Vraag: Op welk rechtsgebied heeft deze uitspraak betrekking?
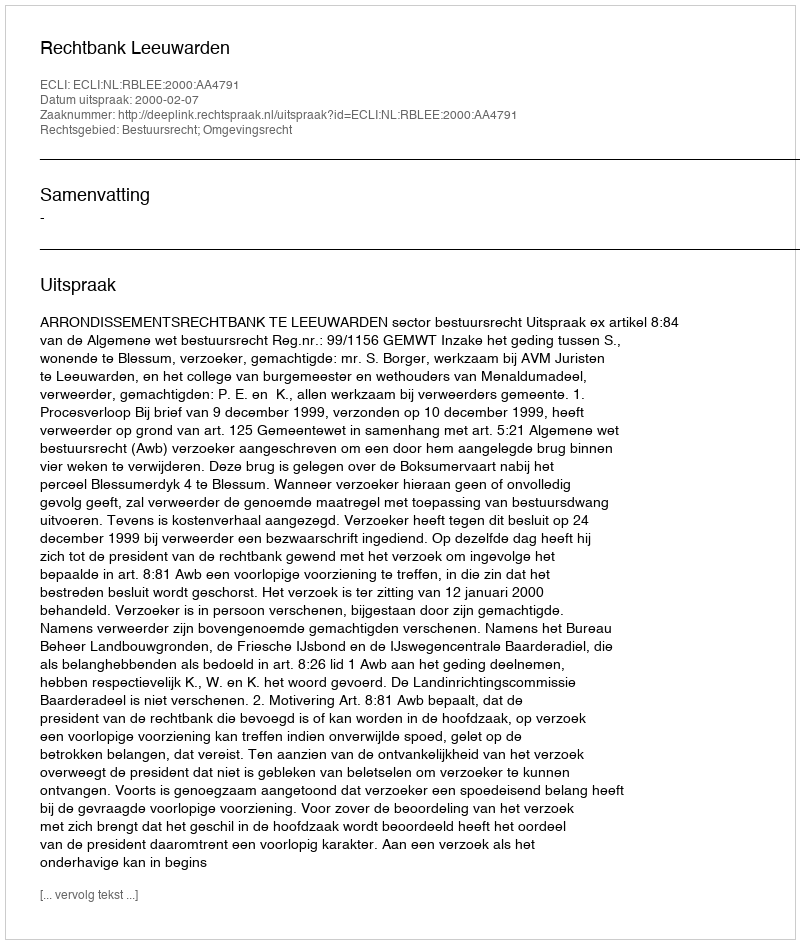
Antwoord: Bestuursrecht; Omgevingsrecht